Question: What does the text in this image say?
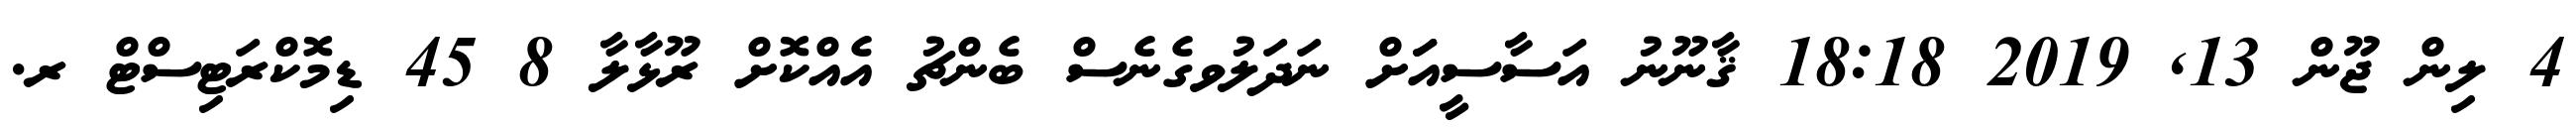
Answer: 4 ލިން ޖޫން 13, 2019 18:18 ޤާނޫނު އަސާސީއަަށް ނަދަލުވގެނެސް ބެންޗު އެއްކޮށް ރޫޅާލާ 8 45 ޑިމޮކްރަޓިސްޓް ރ.